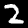
Digit: 2